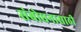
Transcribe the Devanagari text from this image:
संबोधनासाठी